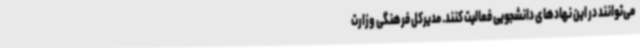
می‌توانند در این نهادهای دانشجویی فعالیت کنند. مدیرکل فرهنگی وزارت